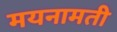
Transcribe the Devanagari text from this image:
मयनामती